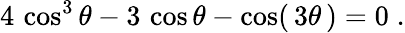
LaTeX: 4\, \cos^{3}\theta-3\, \cos\theta-\cos(\, 3\theta\, )=0\; .